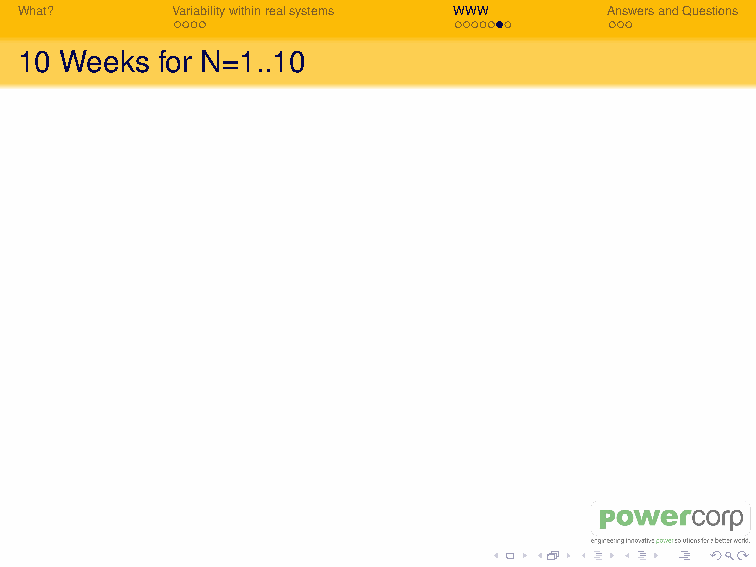
weeks   1  2 3  4  5 6  7  8  9 10
 n=1    50 50 50 50 50 50 50 50 50 50
 n=2    50 50 50 50 50 50 50 50 50 50
 n=3    49 50 50 49 50 50 50 50 50 50
 n=4    48 49 49 49 49 49 49 49 49 49
 n=5    46 47 48 47 48 47 48 47 48 48
 n=6    45 46 46 46 46 46 47 46 46 46
 n=7    43 44 44 44 45 44 45 45 45 45
 n=8    42 42 43 43 43 44 43 44 44 43
 n=9    40 41 41 42 42 42 43 42 42 42
 n=10   40 40 40 40 41 40 41 40 41 41
 What?     Variabilitywithinrealsystems WWW AnswersandQuestions
 10 Weeks for N=1..10